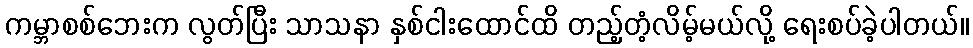
ကမ္ဘာစစ်ဘေးက လွတ်ပြီး သာသနာ နှစ်ငါးထောင်ထိ တည့်တံ့လိမ့်မယ်လို့ ရေးစပ်ခဲ့ပါတယ်။